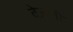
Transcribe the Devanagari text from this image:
वेज़ली